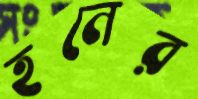
হনের